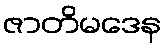
ဇာတိမဒေန